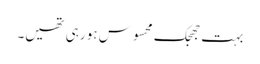
بہت جھجک محسوس ہو رہی تھیں۔